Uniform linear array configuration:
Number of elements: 32
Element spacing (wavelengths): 0.75
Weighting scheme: uniform
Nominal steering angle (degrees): -15
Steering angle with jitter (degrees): -15.695
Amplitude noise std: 0.05
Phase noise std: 0.05

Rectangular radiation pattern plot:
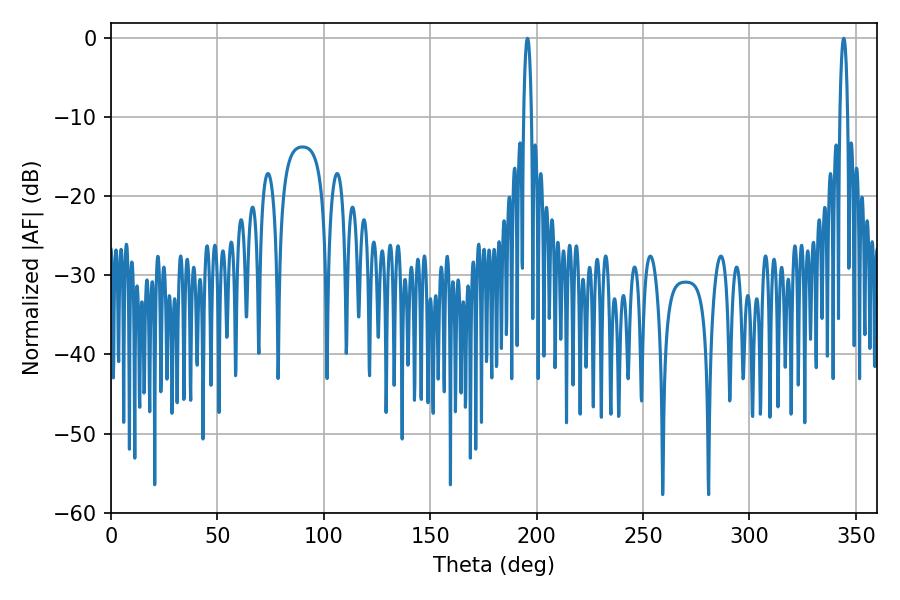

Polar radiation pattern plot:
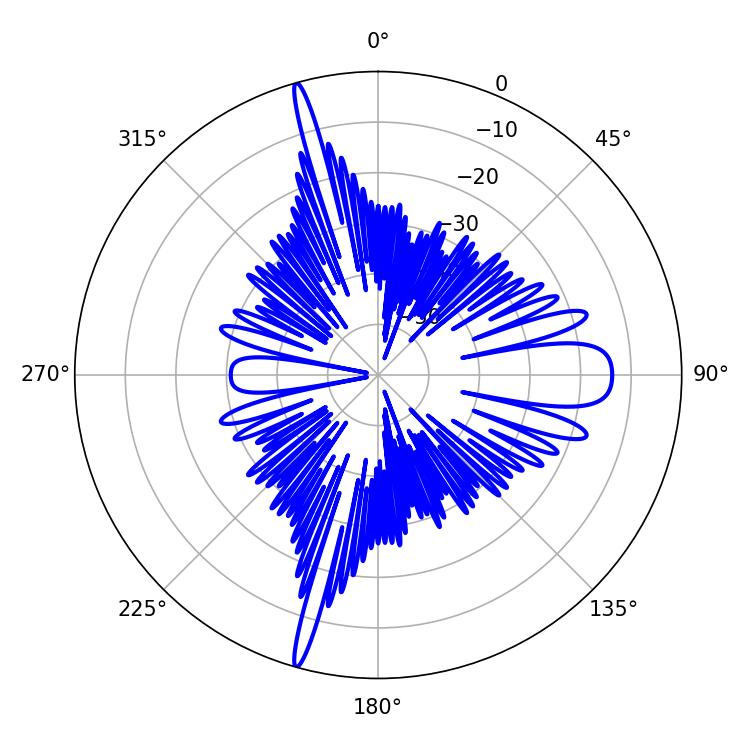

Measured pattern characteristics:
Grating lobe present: TRUE
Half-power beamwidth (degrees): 1.98
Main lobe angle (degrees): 195.66